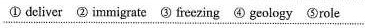
①dcliver ② immigrate ③ frcezing ④ geology⑤role